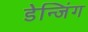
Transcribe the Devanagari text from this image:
डेन्जिंग